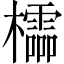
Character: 櫺